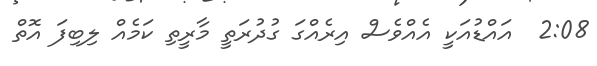
2:08  އައްޑުއަކީ އެއްވެެސް އިރެއްގަ ގުދުރަތީ މާރީތި ކަމެއް ލިބިފަ އޮތް